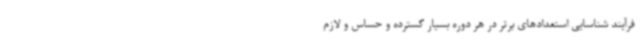
فرآیند شناسایی استعدادهای برتر در هر دوره بسیار گسترده و حساس و لازم